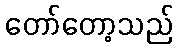
တော်တော့သည်